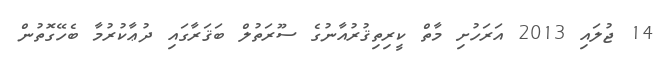
14 ޖުލައި 2013 އަރަހުށި މާތް ކީރިތިޤުރުއާނުގެ ސޫރަތުލް ބަޤަރާގައި ދުޢާކުރުމާ ބެހޭގޮތުން